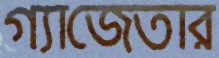
গ্যাজেতার